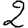
Digit: 2